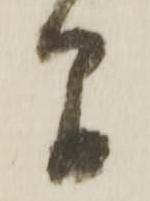
間